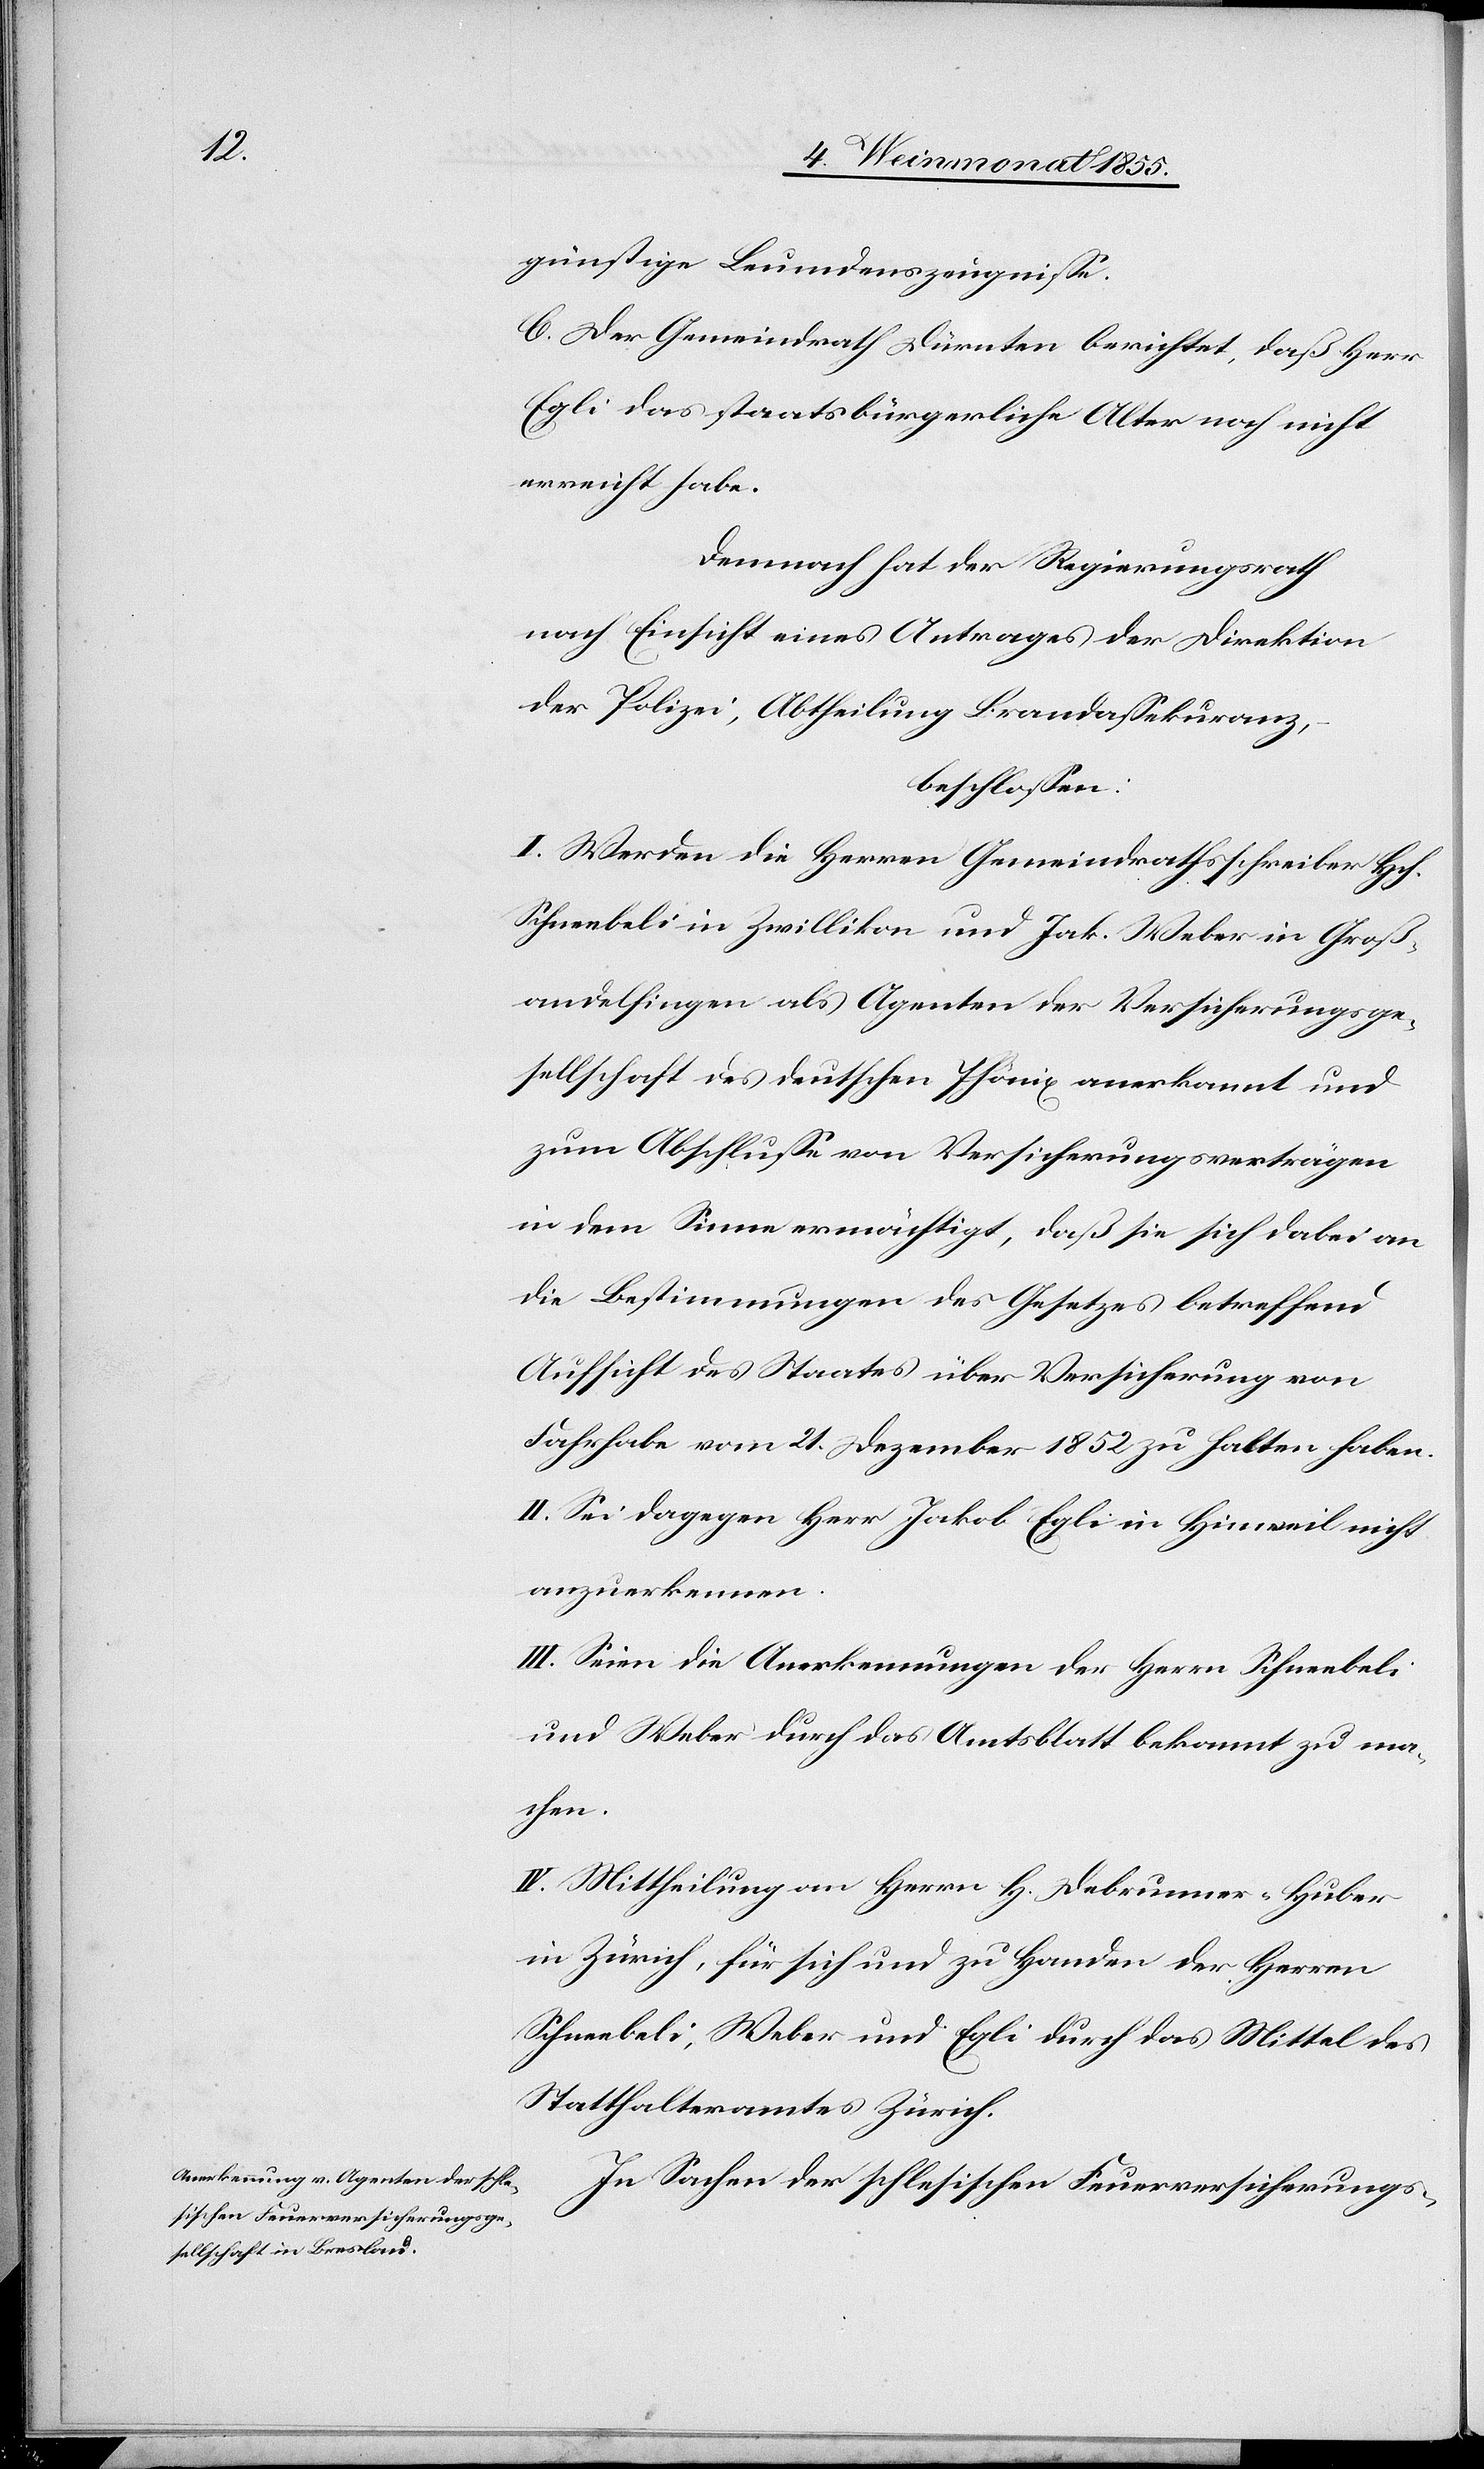
günstige Leumdenszeugnisse.
C. Der Gemeindrath Dürnten berichtet, daß Herr
Egli das staatsbürgerliche Alter noch nicht
erreicht habe.
Demnach hat der Regierungsrath
nach Einsicht eines Antrages der Direktion
der Polizei, Abtheilung Brandassekuranz,
beschlossen:
I. Werden die Herren Gemeindrathsschreiber Hch.
Schneebeli in Zwillikon und Jak. Weber in Groß¬
andelfingen als Agenten der Versicherungsge¬
sellschaft des deutschen Phönix anerkannt und
zum Abschlusse von Versicherungsverträgen
in dem Sinne ermächtigt, daß sie sich dabei an
die Bestimmungen des Gesetzes betreffend
Aufsicht des Staates über Versicherung von
Fahrhabe vom 21. Dezember 1852 zu halten haben.
II. Sei dagegen Herr Jakob Egli in Hinweil nicht
anzuerkennen.
III. Seien die Anerkennungen der Herrn Schneebeli
und Weber durch das Amtsblatt bekannt zu ma¬
chen.
IV. Mittheilung an Herrn H. Debrunner-Huber
in Zürich, für sich und zu Handen der Herren
Schneebeli, Weber und Egli durch das Mittel des
Statthalteramtes Zürich.
In Sachen der schlesischen Feuerversicherungs-